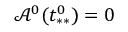
\mathcal { A } ^ { 0 } ( t _ { * * } ^ { 0 } ) = 0